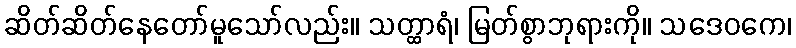
ဆိတ်ဆိတ်နေတော်မူသော်လည်း။ သတ္ထာရံ၊ မြတ်စွာဘုရားကို။ သဒေဝကေ၊